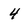
Character: 4